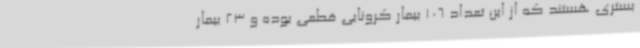
بستری هستند که از این تعداد 106 بیمار کرونایی قطعی بوده و 23 بیمار